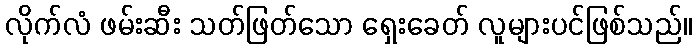
လိုက်လံ ဖမ်းဆီး သတ်ဖြတ်သော ရှေးခေတ် လူများပင်ဖြစ်သည်။